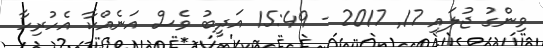
ވިންގު ޖުލައި 17